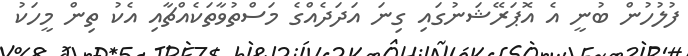
ފުލުހުން ބުނީ އެ އޮޕަރޭޝަނުގައި ގިނަ އަދަދެއްގެ މަސްތުވާތަކެއްޗާއި އެކު ތިން މީހަކު